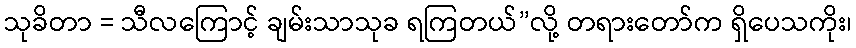
သုခိတာ = သီလကြောင့် ချမ်းသာသုခ ရကြတယ်”လို့ တရားတော်က ရှိပေသကိုး၊